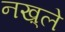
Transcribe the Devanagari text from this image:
नख़्ले